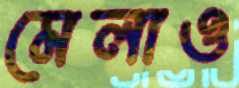
মেলাও